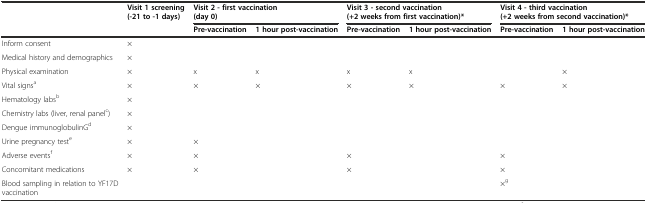
<table><thead><tr><td></td><td><b>Visit 1 screening (-21 to -1 days)</b></td><td colspan="2"><b>Visit 2 - first vaccination (day 0)</b></td><td colspan="2"><b>Visit 3 - second vaccination (+2 weeks from first vaccination)*</b></td><td colspan="2"><b>Visit 4 - third vaccination (+2 weeks from second vaccination)*</b></td></tr><tr><td></td><td></td><td><b>Pre-vaccination</b></td><td><b>1 hour post-vaccination</b></td><td><b>Pre-vaccination</b></td><td><b>1 hour post-vaccination</b></td><td><b>Pre-vaccination</b></td><td><b>1 hour post-vaccination</b></td></tr></thead><tbody><tr><td>Inform consent</td><td>×</td><td></td><td></td><td></td><td></td><td></td><td></td></tr><tr><td>Medical history and demographics</td><td>×</td><td></td><td></td><td></td><td></td><td></td><td></td></tr><tr><td>Physical examination</td><td>×</td><td>x</td><td>x</td><td>x</td><td>x</td><td></td><td>×</td></tr><tr><td>Vital signs<sup>a</sup></td><td>×</td><td>×</td><td>×</td><td>×</td><td>×</td><td>×</td><td>×</td></tr><tr><td>Hematology labs<sup>b</sup></td><td>×</td><td></td><td></td><td></td><td></td><td></td><td></td></tr><tr><td>Chemistry labs (liver, renal panel<sup>c</sup>)</td><td>×</td><td></td><td></td><td></td><td></td><td></td><td></td></tr><tr><td>Dengue immunoglobulinG<sup>d</sup></td><td>×</td><td></td><td></td><td></td><td></td><td></td><td></td></tr><tr><td>Urine pregnancy test<sup>e</sup></td><td>×</td><td>×</td><td></td><td></td><td></td><td></td><td></td></tr><tr><td>Adverse events<sup>f</sup></td><td>×</td><td>×</td><td></td><td>×</td><td></td><td>×</td><td></td></tr><tr><td>Concomitant medications</td><td>×</td><td>×</td><td></td><td>×</td><td></td><td>×</td><td></td></tr><tr><td>Blood sampling in relation to YF17D vaccination</td><td></td><td></td><td></td><td></td><td></td><td>×<sup>g</sup></td><td></td></tr></tbody></table>